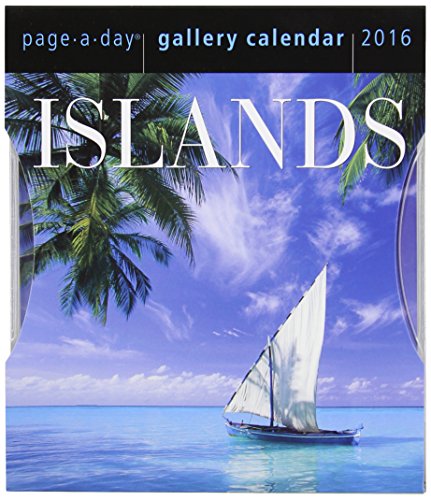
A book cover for Islands Page-A-Day Gallery Calendar 2016; Workman Publishing; Calendars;